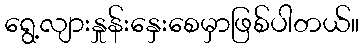
ရွေ့လျားနှုန်းနှေးစေမှာဖြစ်ပါတယ်။